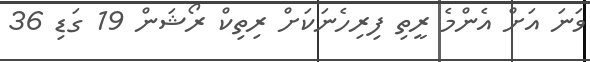
ވަނަ އަށް އެންމެ ރީތި ފިރިހެނަކަށް ރިތިކް ރޯޝަން 19 ގަޑި 36